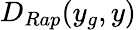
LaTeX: D_{Rap}(y_{g},y)